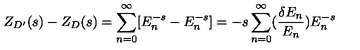
Z _ { D ^ { \prime } } ( s ) - Z _ { D } ( s ) = \sum _ { n = 0 } ^ { \infty } [ E _ { n } ^ { - s } - E _ { n } ^ { - s } ] = - s \sum _ { n = 0 } ^ { \infty } ( { \frac { \delta E _ { n } } { E _ { n } } } ) E _ { n } ^ { - s }